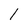
Character: 1